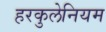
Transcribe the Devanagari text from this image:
हरकुलेनियम